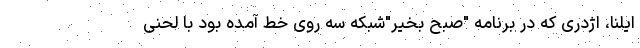
ایلنا، اژدری که در برنامه "صبح بخیر"شبکه سه روی خط آمده بود با لحنی